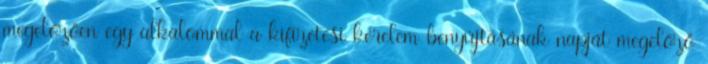
megelőzően egy alkalommal a kifizetési kérelem benyújtásának napját megelőző